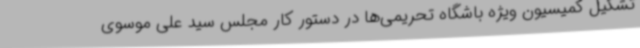
تشکیل کمیسیون ویژه باشگاه تحریمی‌ها در دستور کار مجلس سید علی موسوی